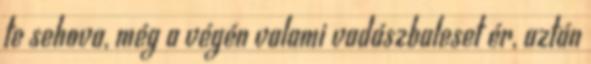
te sehova, még a végén valami vadászbaleset ér, aztán